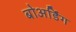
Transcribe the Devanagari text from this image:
बोअर्डिंग